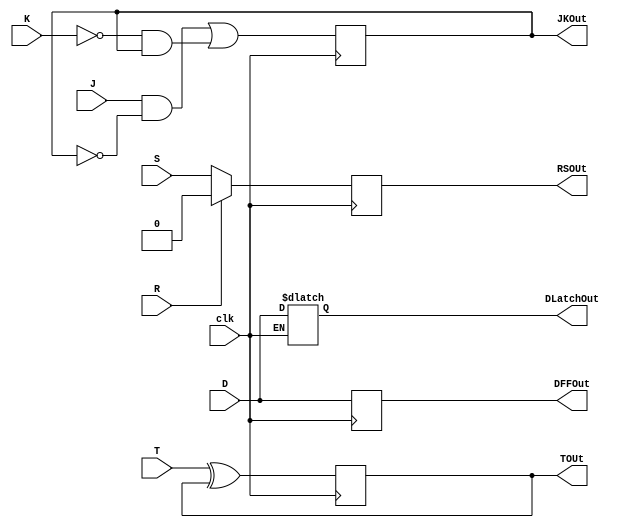
module Flip(D,R,S,T,J,K,clk,DLatchOut,DFFOut,RSOUt,TOUt,JKOut);

input D,R,S,T,J,K,clk;
reg QDLatch,QDFF,QRS,QT,QJK;
output DLatchOut,DFFOut,RSOUt,TOUt,JKOut;

//assign DLatchOut = D;

always @ (clk)
begin
QDLatch= clk ? D : QDLatch;
end 

always @ (posedge clk)
begin
QDFF = D;
QT = T ^ QT;
QJK = (J & ~QJK) | (~K & QJK); 
QRS= ~R ? S : 0;

end

assign DLatchOut = QDLatch;
assign DFFOut = QDFF;
assign RSOUt = QRS;
assign TOUt = QT;
assign JKOut = QJK;

endmodule